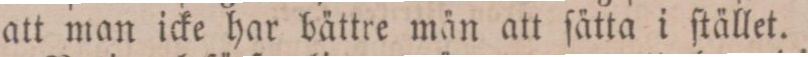
att man icke har bättre män att ſätta i ſtället.